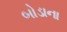
બોડાના